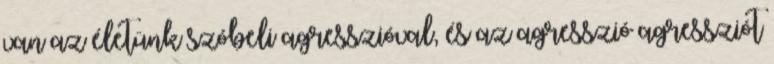
van az életünk szóbeli agresszióval, és az agresszió agressziót